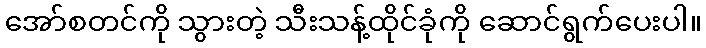
အော်စတင်ကို သွားတဲ့ သီးသန့်ထိုင်ခုံကို ဆောင်ရွက်ပေးပါ။